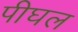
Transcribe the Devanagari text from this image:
पीघल